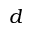
d